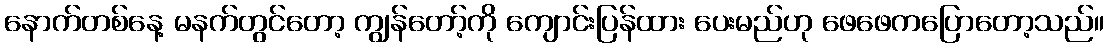
နောက်တစ်နေ့ မနက်တွင်တော့ ကျွန်တော့်ကို ကျောင်းပြန်ထား ပေးမည်ဟု ဖေဖေကပြောတော့သည်။